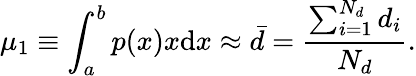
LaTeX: \mu_{1}\equiv\int_{a}^{b}p(x)x\textrm{d}x\approx\bar{d}=\frac{\sum_{i=1}^{N_{d}}d_{i}}{N_{d}}.